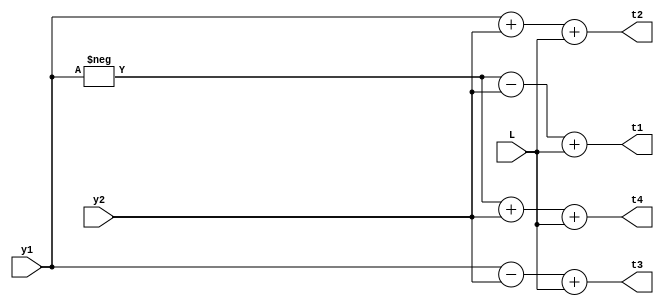
module BMC(y1,y2,L,t1,t2,t3,t4);
input signed [11:0]y1,y2;
input signed [11:0]L;
output signed [11:0]t1,t2,t3,t4;
assign t1 =  - y1 - y2 + L;
assign t2 = y1 + y2 + L;
assign t3 = y1 - y2 + L;
assign t4 = - y1 + y2 + L; 
endmodule